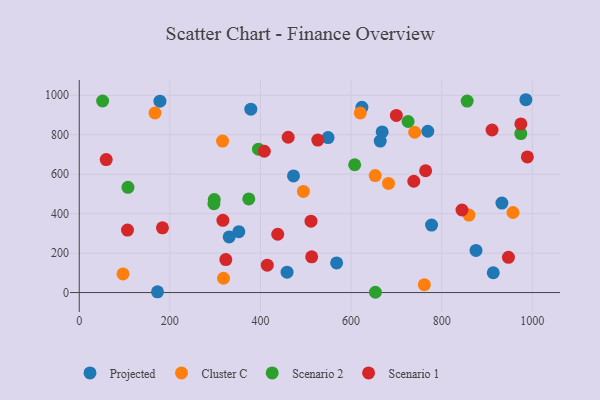
{"axis": {"x": "Distance", "y": "Sales"}, "legend": ["Cluster C", "Projected", "Scenario 1", "Scenario 2"], "data": [{"x": "985.8", "y": 977.3, "type": "Projected"}, {"x": "932.9", "y": 453.7, "type": "Projected"}, {"x": "549.2", "y": 785.5, "type": "Projected"}, {"x": "668.6", "y": 814.0, "type": "Projected"}, {"x": "913.8", "y": 100.4, "type": "Projected"}, {"x": "875.7", "y": 213.5, "type": "Projected"}, {"x": "777.6", "y": 341.9, "type": "Projected"}, {"x": "378.7", "y": 929.2, "type": "Projected"}, {"x": "352.2", "y": 308.7, "type": "Projected"}, {"x": "623.9", "y": 939.1, "type": "Projected"}, {"x": "330.9", "y": 281.8, "type": "Projected"}, {"x": "458.7", "y": 103.4, "type": "Projected"}, {"x": "472.9", "y": 591.3, "type": "Projected"}, {"x": "178.1", "y": 970.0, "type": "Projected"}, {"x": "568.1", "y": 150.3, "type": "Projected"}, {"x": "769.3", "y": 817.5, "type": "Projected"}, {"x": "172.7", "y": 3.6, "type": "Projected"}, {"x": "664.3", "y": 767.9, "type": "Projected"}, {"x": "494.7", "y": 512.5, "type": "Cluster C"}, {"x": "96.6", "y": 94.4, "type": "Cluster C"}, {"x": "740.4", "y": 812.5, "type": "Cluster C"}, {"x": "318.4", "y": 72.4, "type": "Cluster C"}, {"x": "620.3", "y": 910.2, "type": "Cluster C"}, {"x": "316.3", "y": 767.6, "type": "Cluster C"}, {"x": "761.7", "y": 39.9, "type": "Cluster C"}, {"x": "682.6", "y": 553.2, "type": "Cluster C"}, {"x": "957.3", "y": 405.8, "type": "Cluster C"}, {"x": "653.2", "y": 592.7, "type": "Cluster C"}, {"x": "167.2", "y": 910.0, "type": "Cluster C"}, {"x": "860.2", "y": 392.5, "type": "Cluster C"}, {"x": "298.0", "y": 471.5, "type": "Scenario 2"}, {"x": "107.5", "y": 533.4, "type": "Scenario 2"}, {"x": "653.7", "y": 1.4, "type": "Scenario 2"}, {"x": "607.9", "y": 647.7, "type": "Scenario 2"}, {"x": "51.6", "y": 970.8, "type": "Scenario 2"}, {"x": "395.6", "y": 726.8, "type": "Scenario 2"}, {"x": "974.6", "y": 805.9, "type": "Scenario 2"}, {"x": "374.2", "y": 474.5, "type": "Scenario 2"}, {"x": "297.2", "y": 450.7, "type": "Scenario 2"}, {"x": "856.2", "y": 970.7, "type": "Scenario 2"}, {"x": "725.8", "y": 867.0, "type": "Scenario 2"}, {"x": "526.5", "y": 772.7, "type": "Scenario 1"}, {"x": "764.5", "y": 617.2, "type": "Scenario 1"}, {"x": "438.1", "y": 295.5, "type": "Scenario 1"}, {"x": "323.5", "y": 167.0, "type": "Scenario 1"}, {"x": "844.8", "y": 418.3, "type": "Scenario 1"}, {"x": "738.4", "y": 564.2, "type": "Scenario 1"}, {"x": "106.5", "y": 316.4, "type": "Scenario 1"}, {"x": "408.5", "y": 716.2, "type": "Scenario 1"}, {"x": "183.6", "y": 328.2, "type": "Scenario 1"}, {"x": "511.5", "y": 361.8, "type": "Scenario 1"}, {"x": "974.7", "y": 854.4, "type": "Scenario 1"}, {"x": "947.3", "y": 178.4, "type": "Scenario 1"}, {"x": "317.1", "y": 366.3, "type": "Scenario 1"}, {"x": "59.5", "y": 674.0, "type": "Scenario 1"}, {"x": "461.2", "y": 787.2, "type": "Scenario 1"}, {"x": "989.1", "y": 687.4, "type": "Scenario 1"}, {"x": "513.0", "y": 181.2, "type": "Scenario 1"}, {"x": "415.0", "y": 138.5, "type": "Scenario 1"}, {"x": "699.9", "y": 897.8, "type": "Scenario 1"}, {"x": "911.1", "y": 823.8, "type": "Scenario 1"}]}